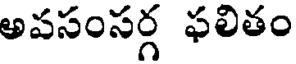
అవసంసర్గ ఫలితం